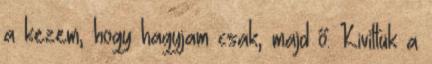
a kezem, hogy hagyjam csak, majd ő. Kivittük a